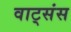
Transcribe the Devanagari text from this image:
वाट्संस